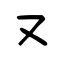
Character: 又